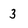
Character: 3